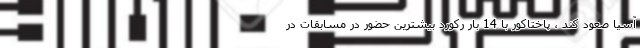
آسیا صعود کند ، پاختاکور با 14 بار رکورد بیشترین حضور در مسابقات در